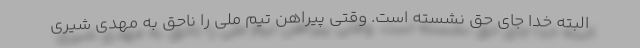
البته خدا جای حق نشسته است. وقتی پیراهن تیم ملی را ناحق به مهدی شیری